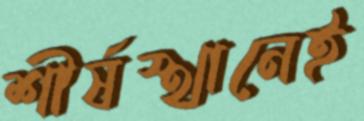
শীর্ষস্থানেই